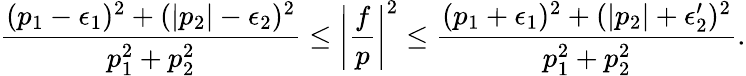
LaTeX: \frac{(p_{1}-\epsilon_{1})^{2}+(\vert p_{2}\vert-\epsilon_{2})^{2}}{p_{1}^{2}+p_{2}^{2}}\leq\left\vert\frac{f}{p}\right\vert^{2}\leq\frac{(p_{1}+\epsilon_{1})^{2}+(\vert p_{2}\vert+\epsilon_{2}^{\prime})^{2}}{p_{1}^{2}+p_{2}^{2}}.